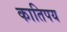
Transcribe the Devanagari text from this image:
कातिपय